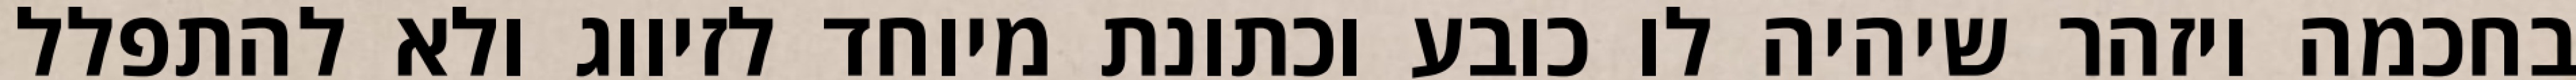
בחכמה ויזהר שיהיה לו כובע וכתונת מיוחד לזיווג ולא להתפלל